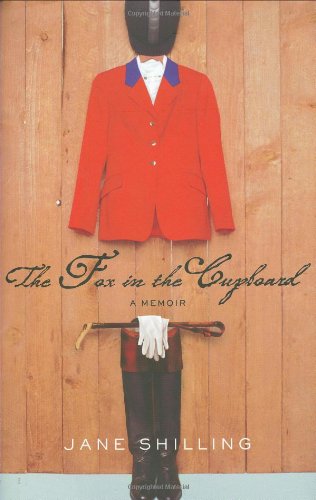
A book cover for The Fox In the Cupboard: A Memoir; Jane Shilling; Humor & Entertainment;